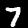
Digit: 7